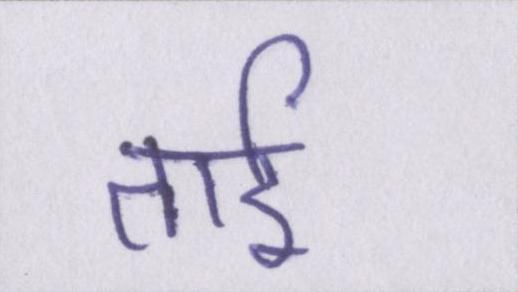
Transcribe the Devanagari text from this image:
ताई